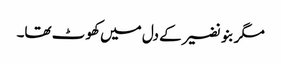
مگر بنو نضیر کے دل میں کھو ٹ تھا۔